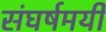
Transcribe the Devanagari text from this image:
संघर्षमयी